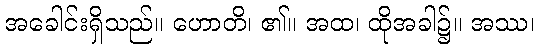
အခေါင်းရှိသည်။ ဟောတိ၊ ၏။ အထ၊ ထိုအခါ၌။ အဿ၊